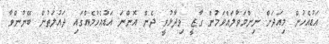
އަޑުއެހުން މިއަދަށް ނިންމަވާލައްވަމުން ގާޒީ ވިދާޅުވީ ދެން އޮންނަ އަޑުއެހުމެއްގައި ދައުލަތުން ބޭނުންވާ